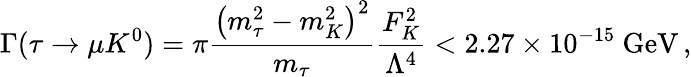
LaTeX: \Gamma(\tau\rightarrow\mu K^{0})=\pi\frac{{\left(m_{\tau}^{2}-m_{K}^{2}\right)}^{2}}{m_{\tau}}\frac{F_{K}^{2}}{\Lambda^{4}}<2.27\times 10^{-15}~\mathrm{GeV}\, ,